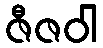
ဇီဇဝါ